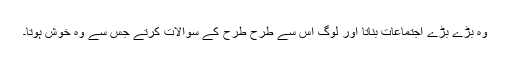
وہ بڑے بڑے اجتماعات بناتا اور لوگ اس سے طرح طرح کے سوالات کرتے جس سے وہ خوش ہوتا۔